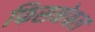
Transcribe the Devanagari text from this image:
फिसनेबल